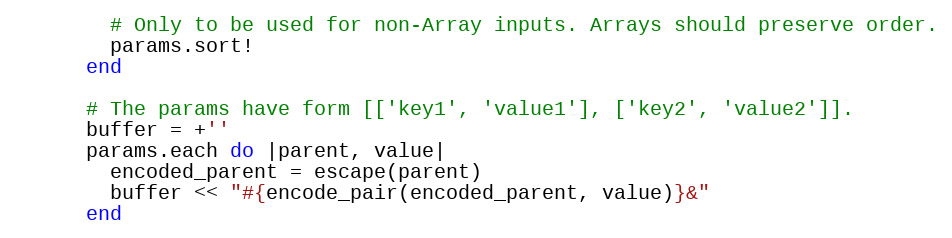
Language: Ruby
        # Only to be used for non-Array inputs. Arrays should preserve order.
        params.sort!
      end

      # The params have form [['key1', 'value1'], ['key2', 'value2']].
      buffer = +''
      params.each do |parent, value|
        encoded_parent = escape(parent)
        buffer << "#{encode_pair(encoded_parent, value)}&"
      end